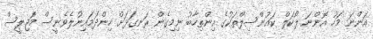
އަންނަ މަހު އޮންނަ ލޯކަލް ކައުންސިލްތަކުގެ އިންތިހާބު ނިމިގެން ރަނގަޅަށް ހިންދަމައިނުލެވެނީސް މަޖިލީސް